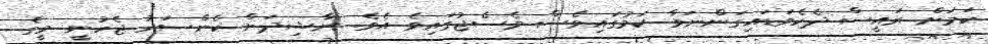
ކަމަށް ރައީސް ދެކެވަޑައިގަންނަވާ ކަމުގައިވެސް މެސެޖުގައިވެ އެވެ. ނާޝިދަށް ކެންސަރު ޖެހުނީ މީގެ